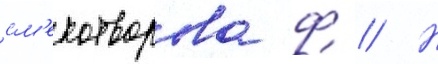
см'ехотворова ф // Н